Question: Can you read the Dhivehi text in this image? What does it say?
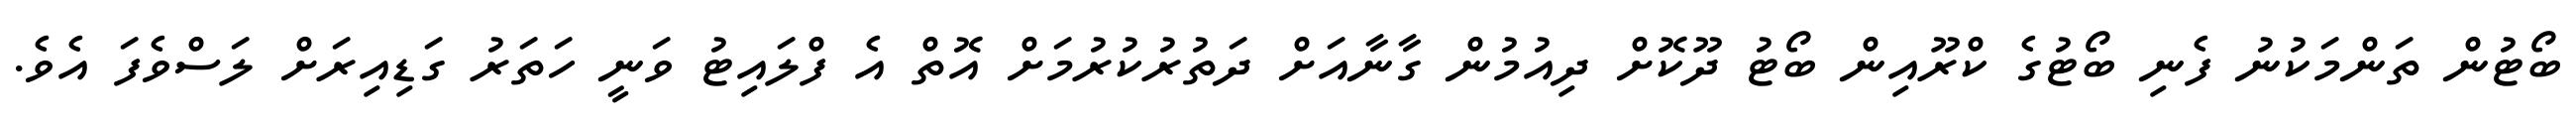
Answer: ބޯޓުން ތަންމަކުނު ފެނި ބޯޓުގެ ކްރޫއިން ބޯޓު ދޫކޮށް ދިއުމުން ގާނާއަށް ދަތުރުކުރުމަށް އޮތް އެ ފްލައިޓު ވަނީ ހަތަރު ގަޑިއިރަށް ލަސްވެފަ އެވެ.